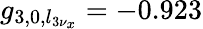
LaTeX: g_{3,0,l_{3\nu_{x}}}=-0.923